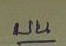
บน